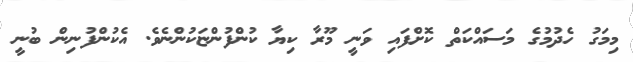
މިމަގު ހެދުމުގެ މަސައްކަތް ކޮށްފައި ވަނީ މޫރާ ކިޔާ ކުންފުންޏަކުންނެވެ. އެކުންފުނިން ބުނީ